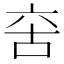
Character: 𠲩